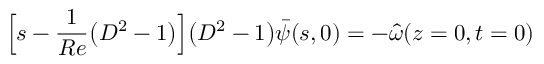
\Big [ s - \frac { 1 } { R e } \big ( D ^ { 2 } - 1 \big ) \Big ] \big ( D ^ { 2 } - 1 \big ) \bar { \psi } ( s , 0 ) = - \hat { \omega } ( z = 0 , t = 0 )